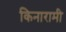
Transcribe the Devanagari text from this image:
किनारामी